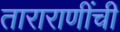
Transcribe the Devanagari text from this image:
ताराराणींची